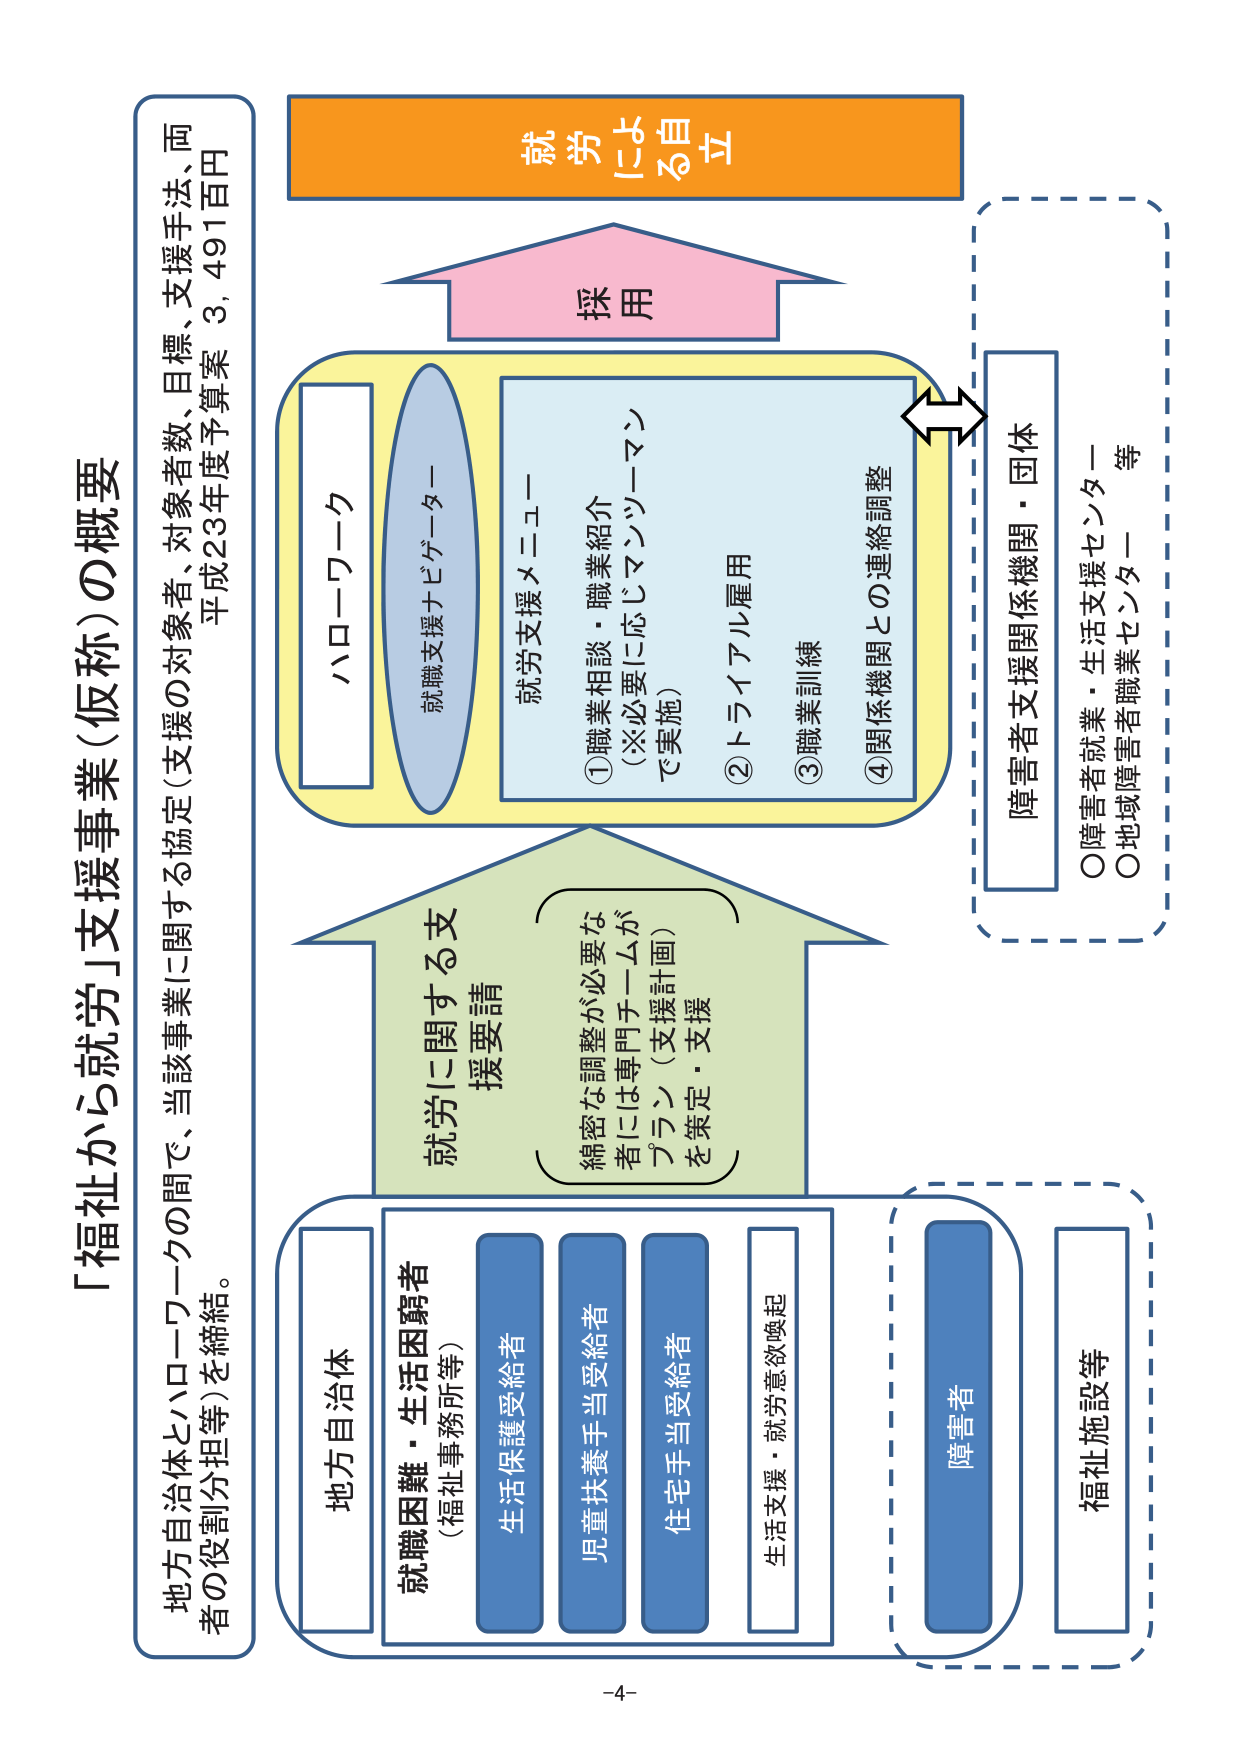
「福祉から就労」支援事業（仮称）の概要

地方自治体とハローワークの間で、当該事業に関する協定（支援の対象者、対象者数、目標、支援手法、両者の役割分担等）を締結。
平成23年度予算案 3,491百万円

ハローワーク
就職支援ナビゲーター

就労支援メニュー
①職業相談・職業紹介
（※必要に応じマッチングマンで実施）
②トライアル雇用
③職業訓練
④関係機関との連絡調整

就労に関する支援要請
（綿密な調整が必要な者には専門チームがプラン（支援計画）を策定・支援）

地方自治体
就職困難・生活困窮者
（福祉事務所等）
生活保護受給者
児童扶養手当受給者
住宅手当受給者
生活支援・就労意欲喚起

障害者
福祉施設等

障害者支援関係機関・団体
○障害者就業・生活支援センター
○地域障害者職業センター等

就労による自立
採用

-4-